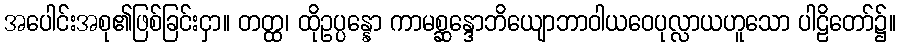
အပေါင်းအစု၏ဖြစ်ခြင်းငှာ။ တတ္ထ၊ ထိုဥပ္ပန္နော ကာမစ္ဆန္ဒောဘိယျောဘာဝါယဝေပုလ္လာယဟူသော ပါဠိတော်၌။